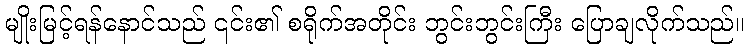
မျိုးမြင့်ရန်နောင်သည် ၎င်း၏ စရိုက်အတိုင်း ဘွင်းဘွင်းကြီး ပြောချလိုက်သည်။